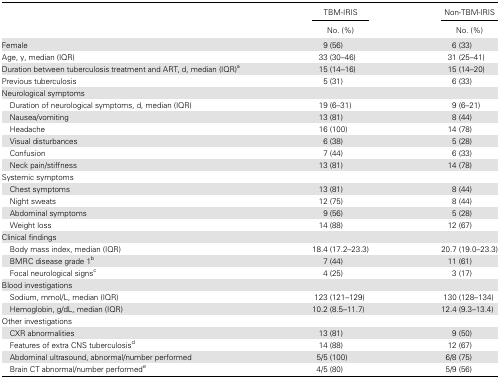
<table><thead><tr><td></td><td><b>TBM-IRIS</b></td><td><b>Non-TBM-IRIS</b></td></tr><tr><td></td><td><b>No. (%)</b></td><td><b>No. (%)</b></td></tr></thead><tbody><tr><td>Female</td><td>9 (56)</td><td>6 (33)</td></tr><tr><td>Age, y, median (IQR)</td><td>33 (30–46)</td><td>31 (25–41)</td></tr><tr><td>Duration between tuberculosis treatment and ART, d, median (IQR)<sup>a</sup></td><td>15 (14–16)</td><td>15 (14–20)</td></tr><tr><td>Previous tuberculosis</td><td>5 (31)</td><td>6 (33)</td></tr><tr><td>Neurological symptoms</td><td></td><td></td></tr><tr><td> Duration of neurological symptoms, d, median (IQR)</td><td>19 (6–31)</td><td>9 (6–21)</td></tr><tr><td> Nausea/vomiting</td><td>13 (81)</td><td>8 (44)</td></tr><tr><td> Headache</td><td>16 (100)</td><td>14 (78)</td></tr><tr><td> Visual disturbances</td><td>6 (38)</td><td>5 (28)</td></tr><tr><td> Confusion</td><td>7 (44)</td><td>6 (33)</td></tr><tr><td> Neck pain/stiffness</td><td>13 (81)</td><td>14 (78)</td></tr><tr><td>Systemic symptoms</td><td></td><td></td></tr><tr><td> Chest symptoms</td><td>13 (81)</td><td>8 (44)</td></tr><tr><td> Night sweats</td><td>12 (75)</td><td>8 (44)</td></tr><tr><td> Abdominal symptoms</td><td>9 (56)</td><td>5 (28)</td></tr><tr><td> Weight loss</td><td>14 (88)</td><td>12 (67)</td></tr><tr><td>Clinical findings</td><td></td><td></td></tr><tr><td> Body mass index, median (IQR)</td><td>18.4 (17.2–23.3)</td><td>20.7 (19.0–23.3)</td></tr><tr><td> BMRC disease grade 1<sup>b</sup></td><td>7 (44)</td><td>11 (61)</td></tr><tr><td> Focal neurological signs<sup>c</sup></td><td>4 (25)</td><td>3 (17)</td></tr><tr><td>Blood investigations</td><td></td><td></td></tr><tr><td> Sodium, mmol/L, median (IQR)</td><td>123 (121–129)</td><td>130 (128–134)</td></tr><tr><td> Hemoglobin, g/dL, median (IQR)</td><td>10.2 (8.5–11.7)</td><td>12.4 (9.3–13.4)</td></tr><tr><td>Other investigations</td><td></td><td></td></tr><tr><td> CXR abnormalities</td><td>13 (81)</td><td>9 (50)</td></tr><tr><td> Features of extra CNS tuberculosis<sup>d</sup></td><td>14 (88)</td><td>12 (67)</td></tr><tr><td> Abdominal ultrasound, abnormal/number performed</td><td>5/5 (100)</td><td>6/8 (75)</td></tr><tr><td> Brain CT abnormal/number performed<sup>e</sup></td><td>4/5 (80)</td><td>5/9 (56)</td></tr></tbody></table>